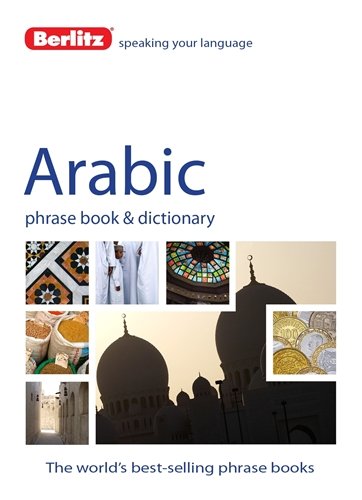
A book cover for Berlitz Arabic Phrase Book & Dictionary (Arabic Edition); Berlitz Publishing; Reference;